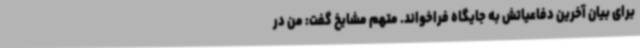
برای بیان آخرین دفاعیاتش به جایگاه فراخواند. متهم مشایخ گفت: من در